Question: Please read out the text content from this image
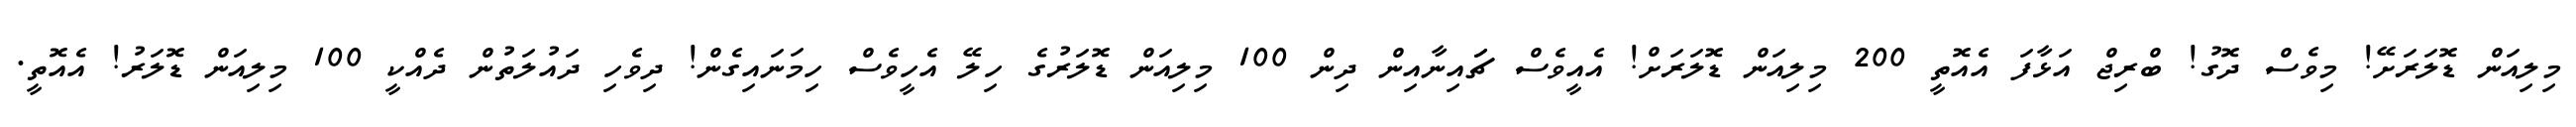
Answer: މިލިއަން ޑޮލަރަށޭ! މިވެސް ދޮގު! ބްރިޖް އަޅާފަ އެއޮތީ 200 މިލިއަން ޑޮލަރަށް! އެއީވެސް ޗަައިނާއިން ދިން 100 މިލިއަން ޑޮލަރުގެ ހިލޭ އެހީވެސް ހިމަނައިގެން! ދިވެހި ދައުލަތުން ދެއްކީ 100 މިލިއަން ޑޮލަރު! އެއޮތީ.